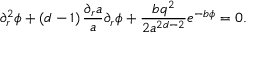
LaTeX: \partial _ { r } ^ { 2 } \phi + \left( d - 1 \right) \frac { \partial _ { r } a } { a } \partial _ { r } \phi + \frac { b q ^ { 2 } } { 2 a ^ { 2 d - 2 } } e ^ { - b \phi } = 0 .